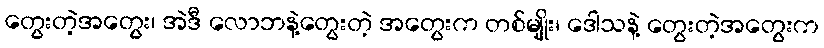
တွေးတဲ့အတွေး၊ အဲဒီ လောဘနဲ့တွေးတဲ့ အတွေးက တစ်မျိုး၊ ဒေါသနဲ့ တွေးတဲ့အတွေးက